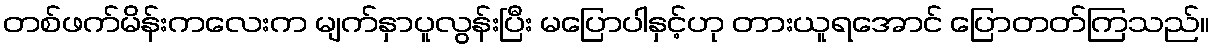
တစ်ဖက်မိန်းကလေးက မျက်နှာပူလွန်းပြီး မပြောပါနှင့်ဟု တားယူရအောင် ပြောတတ်ကြသည်။